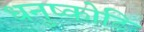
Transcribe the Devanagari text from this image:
धनुष्कोटि